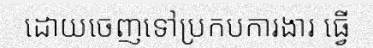
ដោយចេញទៅប្រកបការងារ ធ្វើ